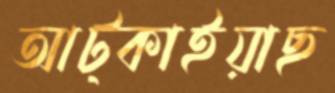
আট্‌কাইয়াছ